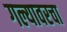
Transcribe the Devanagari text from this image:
गल्यावरचा